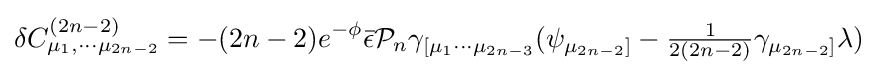
\delta C_{\mu _{1},\cdots \mu _{2n-2}}^{(2n-2)}=-(2n-2)e^{-\phi }{\bar {\epsilon }}{\mathcal {P}}_{n}\gamma _{[\mu _{1}\cdots \mu _{2n-3}}(\psi _{\mu _{2n-2}]}-{\tfrac {1}{2(2n-2)}}\gamma _{\mu _{2n-2}]}\lambda )